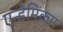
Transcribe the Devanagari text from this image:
एन्डेमिकम